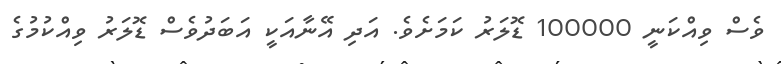
ވެސް ވިއްކަނީ 100000 ޑޮލަރު ކަމަށެވެ. އަދި އޭނާއަކީ އަބަދުވެސް ޑޮލަރު ވިއްކުމުގެ